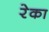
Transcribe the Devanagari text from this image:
रेका